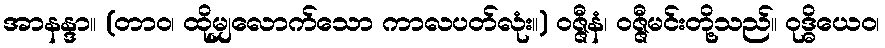
အာနန္ဒာ။ (တာဝ၊ ထိုမျှလောက်သော ကာလပတ်လုံး။) ဝဇ္ဇီနံ၊ ဝဇ္ဇီမင်းတို့သည်။ ဝုဒ္ဓိယေဝ၊